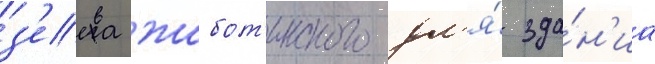
з'еева жабот'инского дл'я́ зда́н'иа